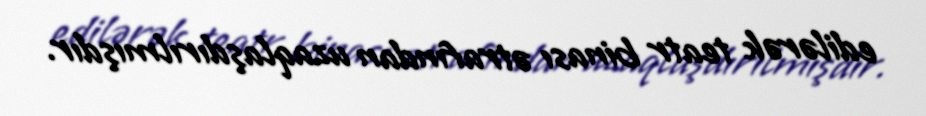
edilərək teatr binası ətrafından uzaqlaşdırılmışdır.